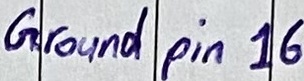
Text: Discrete transistors